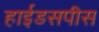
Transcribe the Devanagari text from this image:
हाईडसपीस